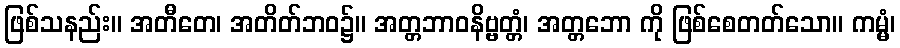
ဖြစ်သနည်း။ အတီတေ၊ အတိတ်ဘဝ၌။ အတ္တဘာဝနိဗ္ဗတ္တံ၊ အတ္တဘော ကို ဖြစ်စေတတ်သော။ ကမ္မံ၊